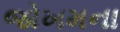
જોખમના